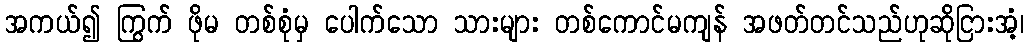
အကယ်၍ ကြွက် ဖိုမ တစ်စုံမှ ပေါက်သော သားများ တစ်ကောင်မကျန် အဖတ်တင်သည်ဟုဆိုငြားအံ့၊